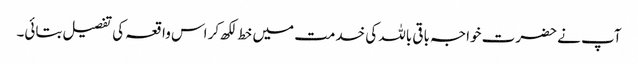
آپ نے حضرت خواجہ باقی باللہ کی خدمت میں خط لکھ کر اس واقعہ کی تفصیل بتائی۔